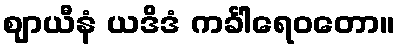
ဈာယီနံ ယဒိဒံ ကင်္ခါရေဝတော။